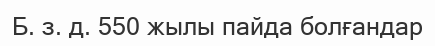
Б. з. д. 550 жылы пайда болғандар